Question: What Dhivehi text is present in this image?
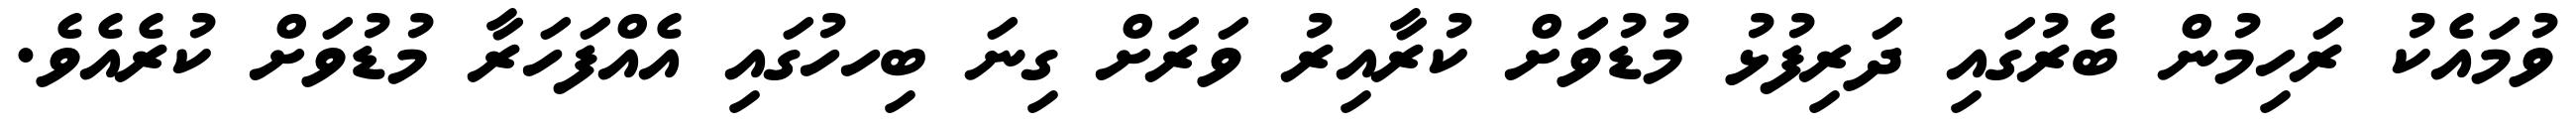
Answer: ވުމައެކު ރަހިމުން ބެރުގައި ދަރިފުޅު މުޑުވަށް ކުރާއިރު ވަރަށް ގިނަ ބިހހުގައި އެއްފަހަރާ މުޑުވަށް ކުރެއެވެ.